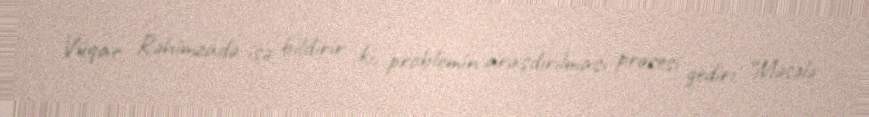
Vüqar Rəhimzadə isə bildirir ki, problemin araşdırılması prosesi gedir: “Məsələ